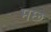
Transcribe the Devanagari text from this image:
मछ